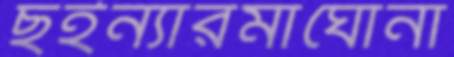
ছইন্যারমাঘোনা